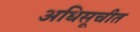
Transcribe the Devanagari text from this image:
अधिसूचीत